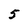
Character: 5